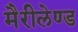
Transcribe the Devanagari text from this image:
मैरीलेण्ड